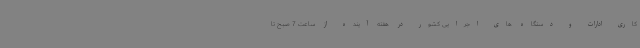
کاری ادارات و دستگاه های اجرایی کشور در هفته آینده از ساعت 7 صبح تا